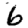
Digit: 6